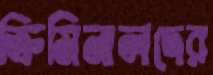
ক্রিমিনালদের